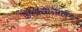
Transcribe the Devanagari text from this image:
कैलासोत्तालन